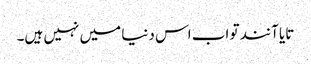
تایا آنند تو اب اس دنیا میں نہیں ہیں۔